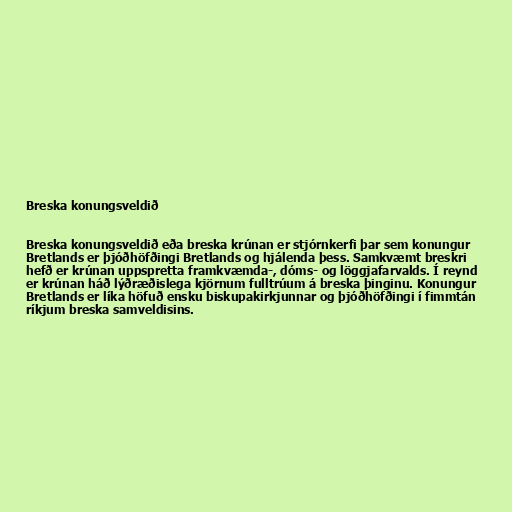
Breska konungsveldið

Breska konungsveldið eða breska krúnan er stjórnkerfi þar sem konungur
Bretlands er þjóðhöfðingi Bretlands og hjálenda þess. Samkvæmt breskri
hefð er krúnan uppspretta framkvæmda-, dóms- og löggjafarvalds. Í reynd
er krúnan háð lýðræðislega kjörnum fulltrúum á breska þinginu. Konungur
Bretlands er líka höfuð ensku biskupakirkjunnar og þjóðhöfðingi í fimmtán
ríkjum breska samveldisins.